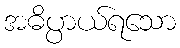
အဓိပ္ပာယ်ရသော